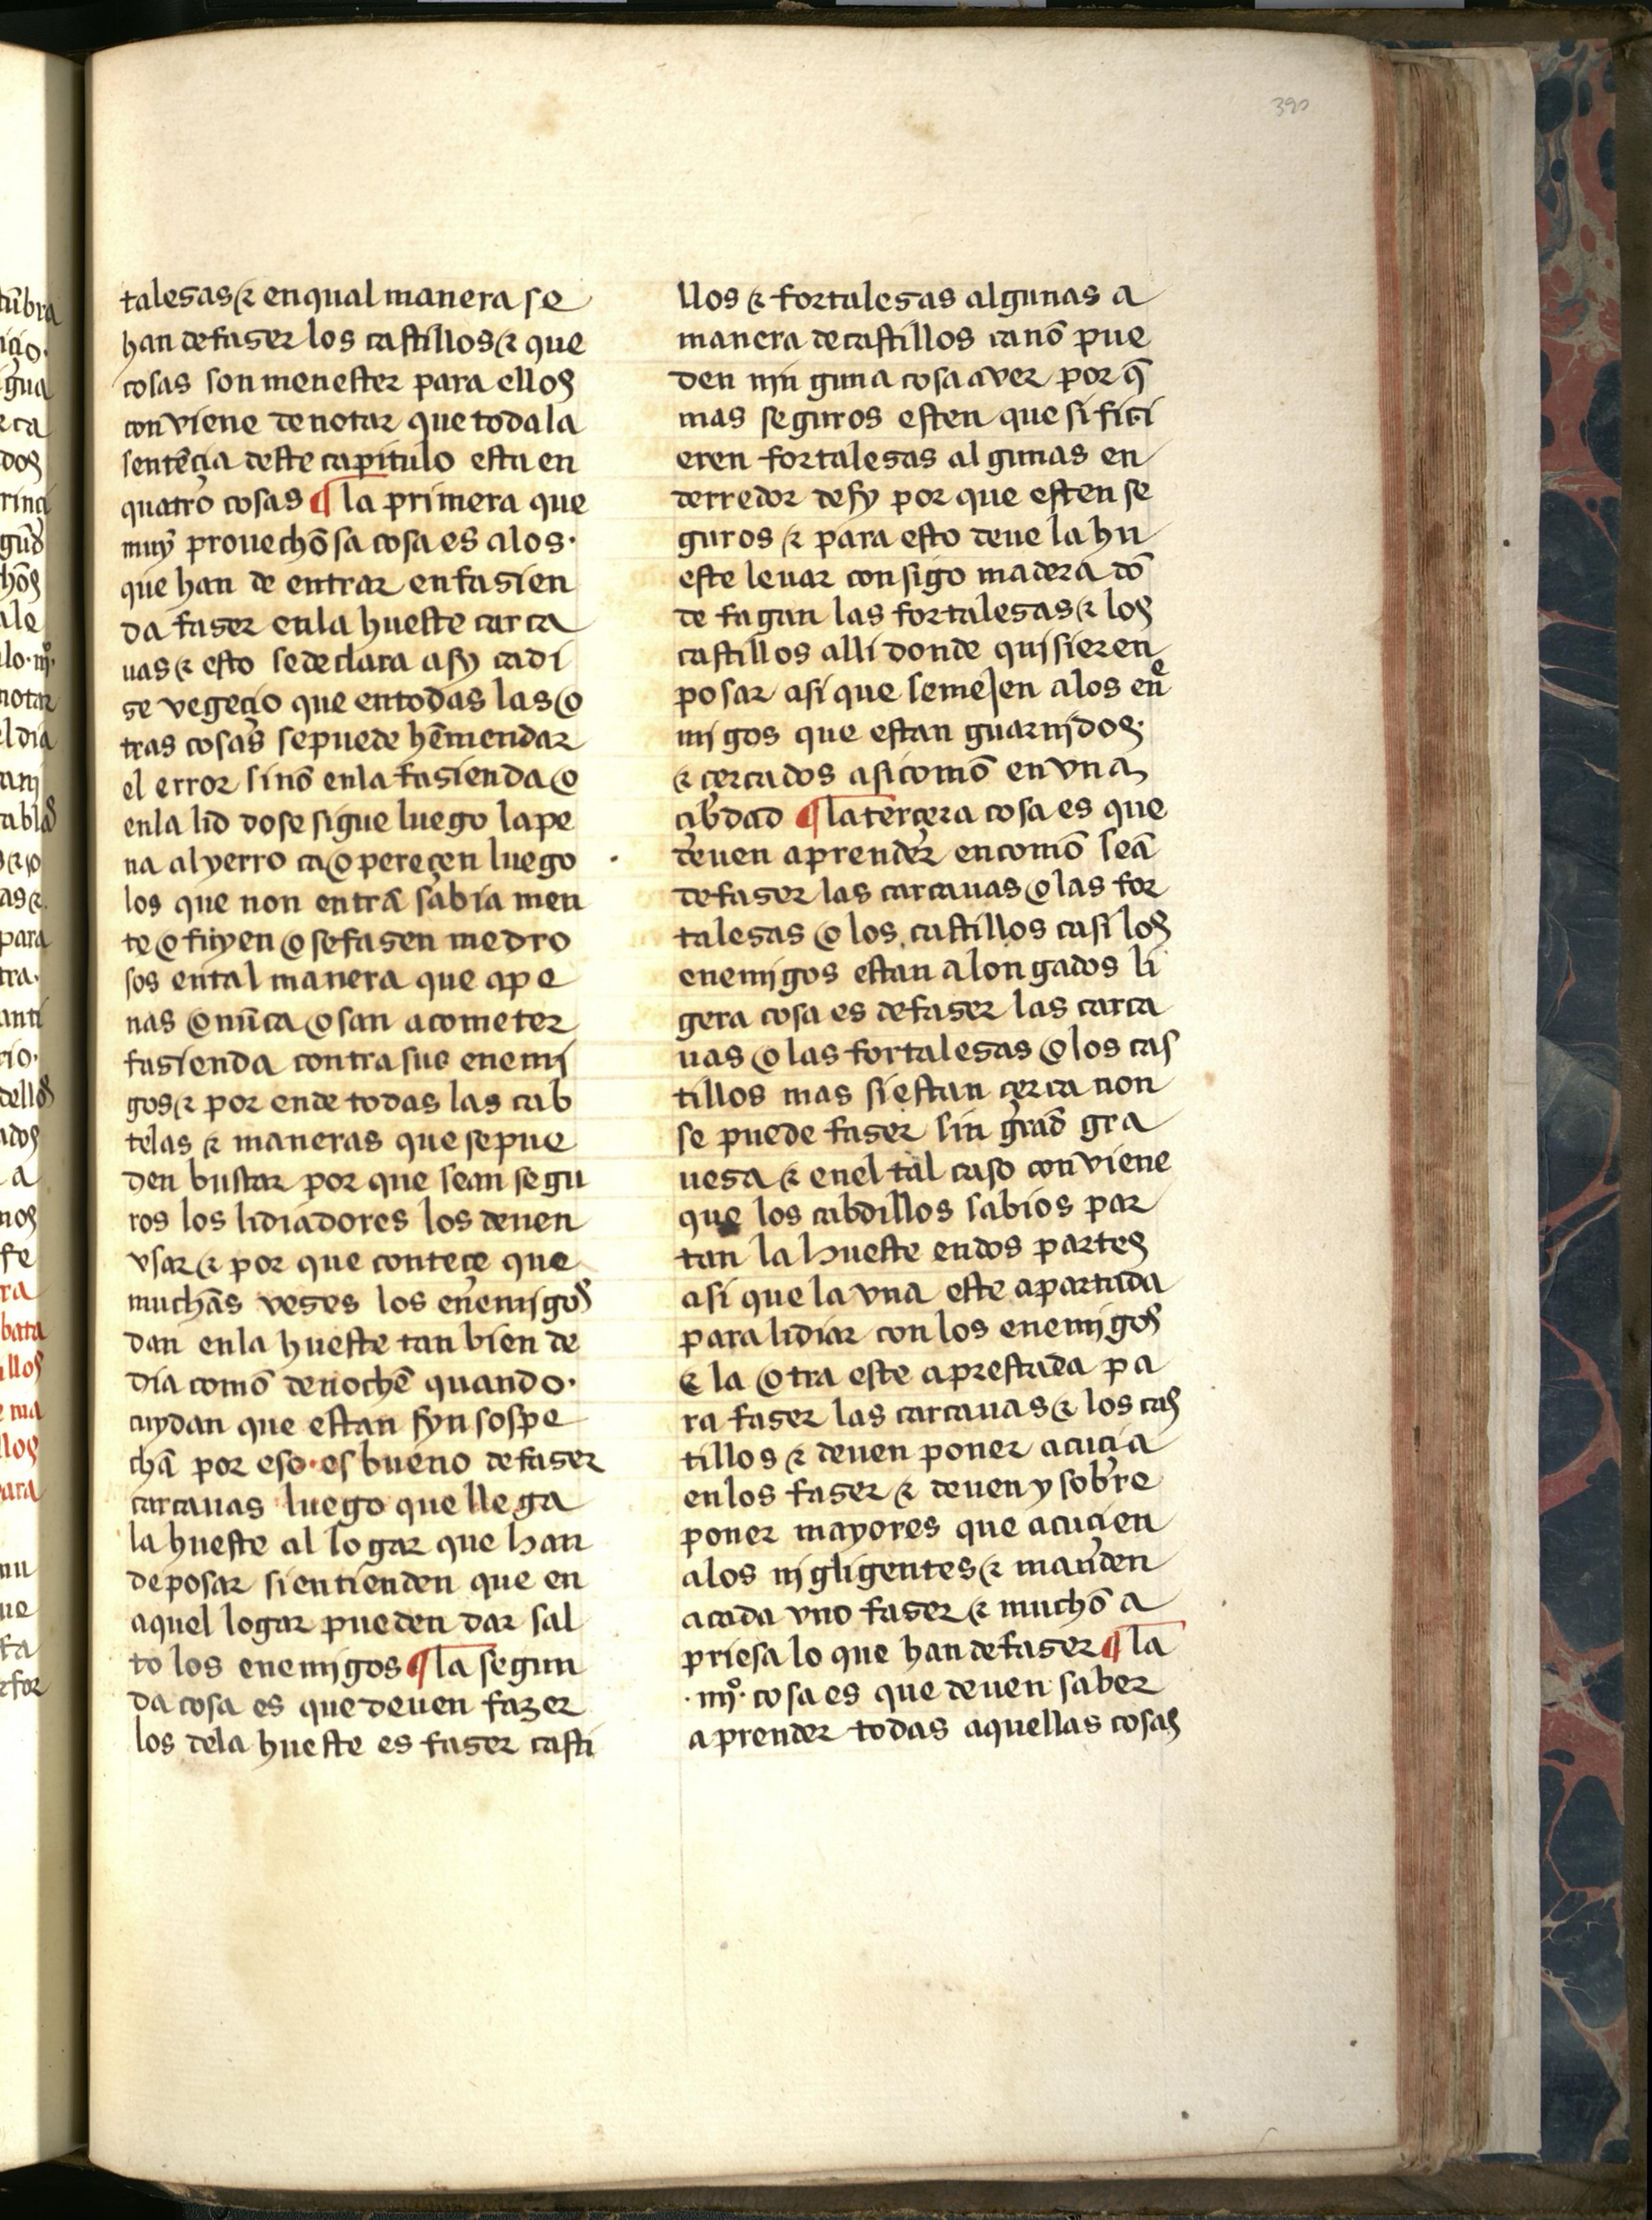
Shelfmark: Salamanca, Biblioteca Histórica USAL, 2709
Century: 15